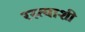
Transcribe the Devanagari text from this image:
रस्त्याशी